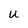
Character: u